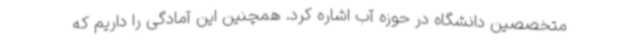
متخصصین دانشگاه در حوزه آب اشاره کرد. همچنین این آمادگی را داریم که